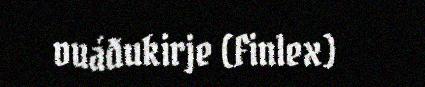
vuáđukirje (Finlex)